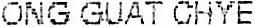
ONG GUAT CHYE